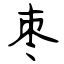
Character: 枣